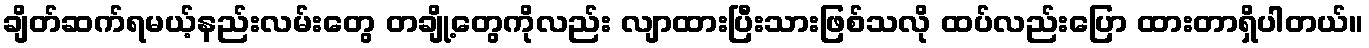
ချိတ်ဆက်ရမယ့်နည်းလမ်းတွေ တချို့တွေကိုလည်း လျာထားပြီးသားဖြစ်သလို ထပ်လည်းပြော ထားတာရှိပါတယ်။